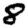
Digit: 8